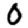
Digit: 0